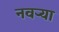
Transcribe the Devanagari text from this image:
नवर्‍या